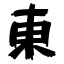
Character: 東